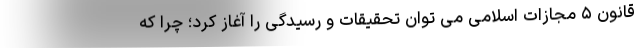
قانون ۵ مجازات اسلامی می توان تحقیقات و رسیدگی را آغاز کرد؛ چرا که